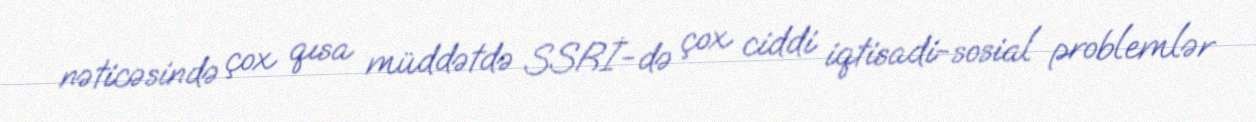
nəticəsində çox qısa müddətdə SSRİ-də çox ciddi iqtisadi-sosial problemlər